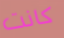
كانت